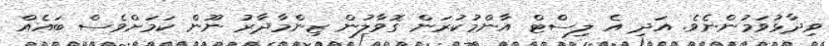
ވިދާޅުވަމުންނެވެ. އަދި އެ ލިސްޓް އާންމުކުރަން ގޮވާލުން ޒިންމާދާރު ނޫން ކަމަށްވެސް ބައެއް